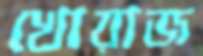
খোয়াজ